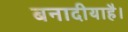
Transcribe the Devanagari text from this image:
बनादीयाहै।